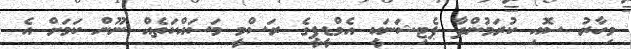
މިހާރު ސޮއި ކުރަމުންދާ ޕެޓިޝަނަކީ އެމްޑީޕީގެ ރަސްމީ މަސައްކަތެއް ނޫން ކަމަށް އެ